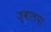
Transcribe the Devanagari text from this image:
ज्वालपा